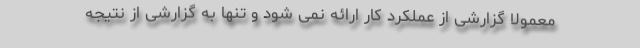
معمولا گزارشی از عملکرد کار ارائه نمی شود و تنها به گزارشی از نتیجه